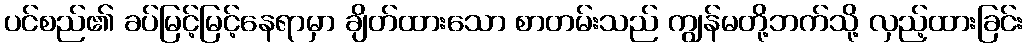
ပင်စည်၏ ခပ်မြင့်မြင့်နေရာမှာ ချိတ်ထားသော စာတမ်းသည် ကျွန်မတို့ဘက်သို့ လှည့်ထားခြင်း